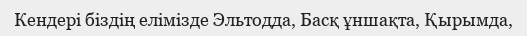
Кендері біздің елімізде Эльтодда, Басқ ұншақта, Қырымда,